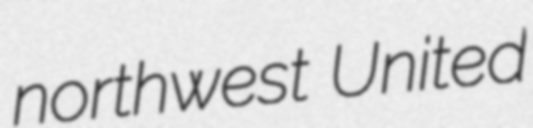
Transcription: northwest United